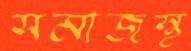
সমাজস্থ